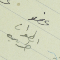
عضو انطوان طربيه